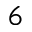
^ 6